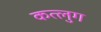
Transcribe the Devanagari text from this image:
कत्लुग